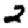
Digit: 2